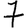
Digit: 7